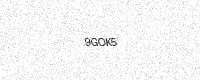
Text: 9GOK5